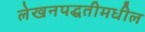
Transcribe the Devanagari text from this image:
लेखनपद्धतीमधील